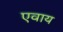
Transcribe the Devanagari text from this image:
एवाय